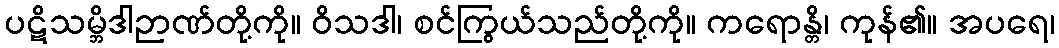
ပဋိသမ္ဘိဒါဉာဏ်တို့ကို။ ဝိသဒါ၊ စင်ကြွယ်သည်တို့ကို။ ကရောန္တိ၊ ကုန်၏။ အပရေ၊